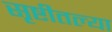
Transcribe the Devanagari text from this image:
सृष्टीतल्या